Indian journal of veterinary science and animal husbandry - Volume 4,
Year: 1934
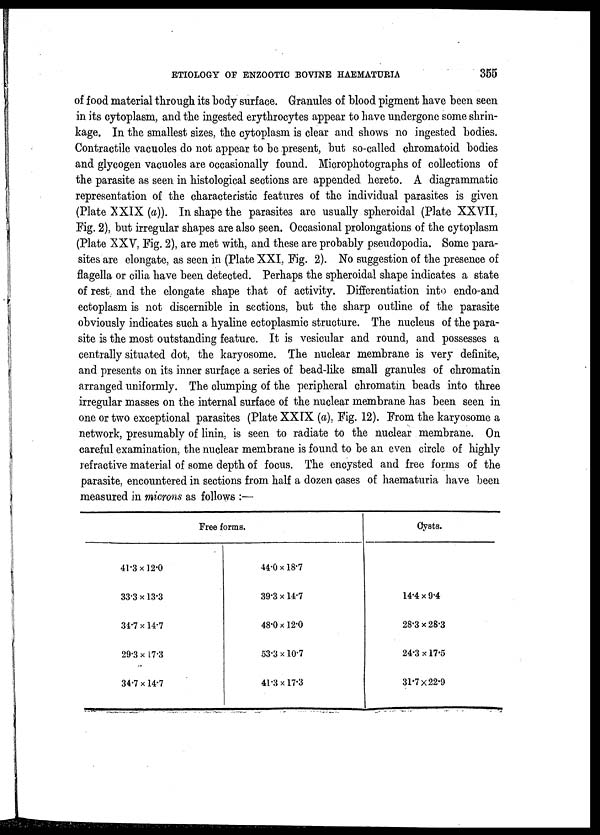
ETIOLOGY OF ENZOOTIC BOVINE HAEMATURIA
355
of food material through its body surface. Granules of blood pigment have been seen
in its cytoplasm, and the ingested erythrocytes appear to have undergone some shrin-
kage. In the smallest sizes, the cytoplasm is clear and shows no ingested bodies.
Contractile vacuoles do not appear to be present, but so-called chromatoid bodies
and glycogen vacuoles are occasionally found. Microphotographs of collections of
the parasite as seen in histological sections are appended hereto. A diagrammatic
representation of the characteristic features of the individual parasites is given
(Plate XXIX (a)). In shape the parasites are usually spheroidal (Plate XXVII,
Fig. 2), but irregular shapes are also seen. Occasional prolongations of the cytoplasm
(Plate XXV, Fig. 2), are met with, and these are probably pseudopodia. Some para-
sites are elongate, as seen in (Plate XXI, Fig. 2). No suggestion of the presence of
flagella or cilia have been detected. Perhaps the spheroidal shape indicates a state
of rest, and the elongate shape that of activity. Differentiation into endo-and
ectoplasm is not discernible in sections, but the sharp outline of the parasite
obviously indicates such a hyaline ectoplasmic structure. The nucleus of the para-
site is the most outstanding feature. It is vesicular and round, and possesses a
centrally situated dot, the karyosome. The nuclear membrane is very definite,
and presents on its inner surface a series of bead-like small granules of chromatin
arranged uniformly. The clumping of the peripheral chromatin beads into three
irregular masses on the internal surface of the nuclear membrane has been seen in
one or two exceptional parasites (Plate XXIX (a), Fig. 12). From the karyosome a
network, presumably of linin, is seen to radiate to the nuclear membrane. On
careful examination, the nuclear membrane is found to be an even circle of highly
refractive material of some depth of focus. The encysted and free forms of the
parasite, encountered in sections from half a dozen cases of haematuria have been
measured in microns as follows :—
Free forms.
41.3x12.0
33/3 x 13.3
34.7 x 14.7
29.3 x 17.3
34.7 x 14.7
44.0 x 18.7
39.3 x 14.7
48.0x12.0
53.3 x 10.7
41.3x17.3
Cysts.
14.4 x 9.4
28.3 x 28.3
24.3 x 17.5
31.7x22.9